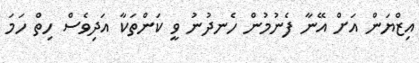
އިޒްޔަން އަށް އޭނާ ފެނުމުން ހެނދުނު ވީ ކަންތަކާ އަދިވެސް ހިތް ހަމަ